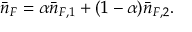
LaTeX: \bar { n } _ { F } = \alpha \bar { n } _ { F , 1 } + ( 1 - \alpha ) \bar { n } _ { F , 2 } .